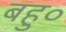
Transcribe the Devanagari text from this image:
बहु०